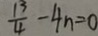
\frac { 1 3 } { 4 } - 4 n = 0